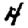
Digit: 4